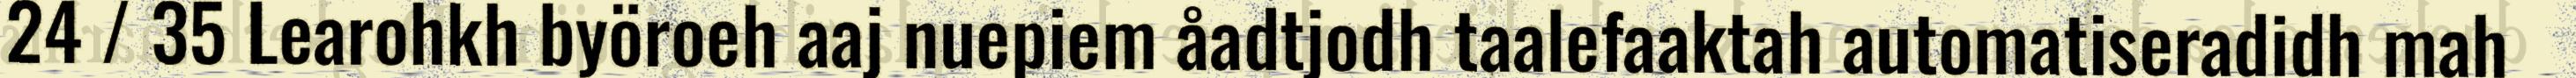
24 / 35 Learohkh byöroeh aaj nuepiem åadtjodh taalefaaktah automatiseradidh mah